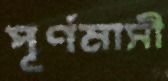
পূর্ণমাসী